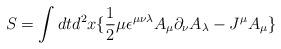
LaTeX: \begin{align*}S = \int dt d^2x \lbrace \frac{1}{2}\mu\epsilon^{\mu\nu\lambda}A_\mu\partial_\nu A_\lambda-J^\mu A_\mu\rbrace\end{align*}